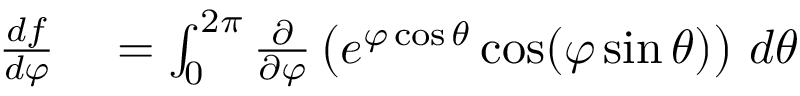
\begin{array} { r l } { { \frac { d f } { d \varphi } } } & { { } = \int _ { 0 } ^ { 2 \pi } { \frac { \partial } { \partial \varphi } } \left( e ^ { \varphi \cos \theta } \cos ( \varphi \sin \theta ) \right) \, d \theta } \end{array}